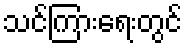
သင်ကြားရေးတွင်